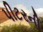
પીટરની